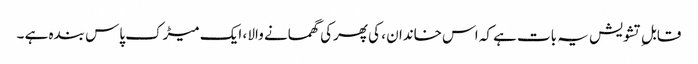
قابل ِ تشویش یہ بات ہے کہ اس خاندان ، کی پھرکی گھمانے والا ، ایک میڑک پاس بندہ ہے ۔